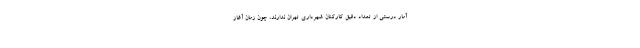
آمار درستی از تعداد دقیق کارکنان شهرداری تهران ندارند، چون زمان آغاز